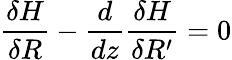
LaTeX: \frac{\delta H}{\delta R}-\frac{d}{dz}\frac{\delta H}{\delta R^{\prime}}=0